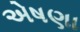
એષણા